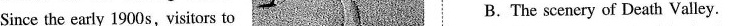
Since the early 1900s, visitors to B. The scenery of Death Valley.